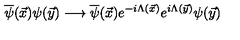
\overline { { \psi } } ( \vec { x } ) \psi ( \vec { y } ) \longrightarrow \overline { { \psi } } ( \vec { x } ) e ^ { - i \Lambda ( \vec { x } ) } e ^ { i \Lambda ( \vec { y } ) } \psi ( \vec { y } )